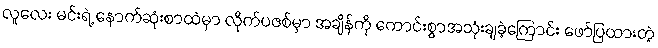
လူလေး မင်းရဲ့ နောက်ဆုံးစာထဲမှာ လိုက်ပဇစ်မှာ အချိန်ကို ကောင်းစွာအသုံးချခဲ့ကြောင်း ဖော်ပြထားတဲ့